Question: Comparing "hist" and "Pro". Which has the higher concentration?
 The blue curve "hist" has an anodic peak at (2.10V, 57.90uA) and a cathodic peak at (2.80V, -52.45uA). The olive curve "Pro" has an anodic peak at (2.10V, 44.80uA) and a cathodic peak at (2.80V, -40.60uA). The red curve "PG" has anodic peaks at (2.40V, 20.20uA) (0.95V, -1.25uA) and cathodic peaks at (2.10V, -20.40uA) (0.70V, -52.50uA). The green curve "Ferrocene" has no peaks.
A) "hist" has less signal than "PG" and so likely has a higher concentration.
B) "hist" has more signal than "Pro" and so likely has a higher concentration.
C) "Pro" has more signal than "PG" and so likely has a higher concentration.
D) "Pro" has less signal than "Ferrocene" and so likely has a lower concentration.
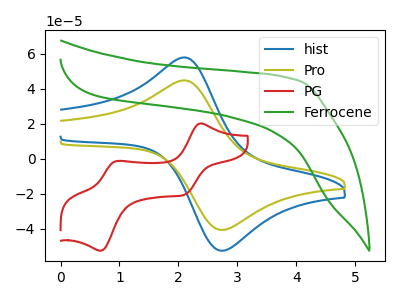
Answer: <think>All the peaks in "hist" have a peak in "Pro" at the same potential. Every peak in "hist" is higher than every peak in "Pro".
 </think>
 <answer>B) "hist" has more signal than "Pro" and so likely has a higher concentration.</answer>
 <eval>B</eval>